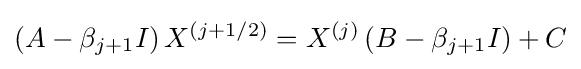
\left(A-\beta _{j+1}I\right)X^{(j+1/2)}=X^{(j)}\left(B-\beta _{j+1}I\right)+C